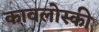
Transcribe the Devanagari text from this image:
कावलोस्की